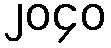
၂၀၄၀